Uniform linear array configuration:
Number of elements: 24
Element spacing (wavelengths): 0.5
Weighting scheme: exponential
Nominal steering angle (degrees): -60
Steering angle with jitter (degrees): -60.564
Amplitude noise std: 0.05
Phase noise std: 0.05

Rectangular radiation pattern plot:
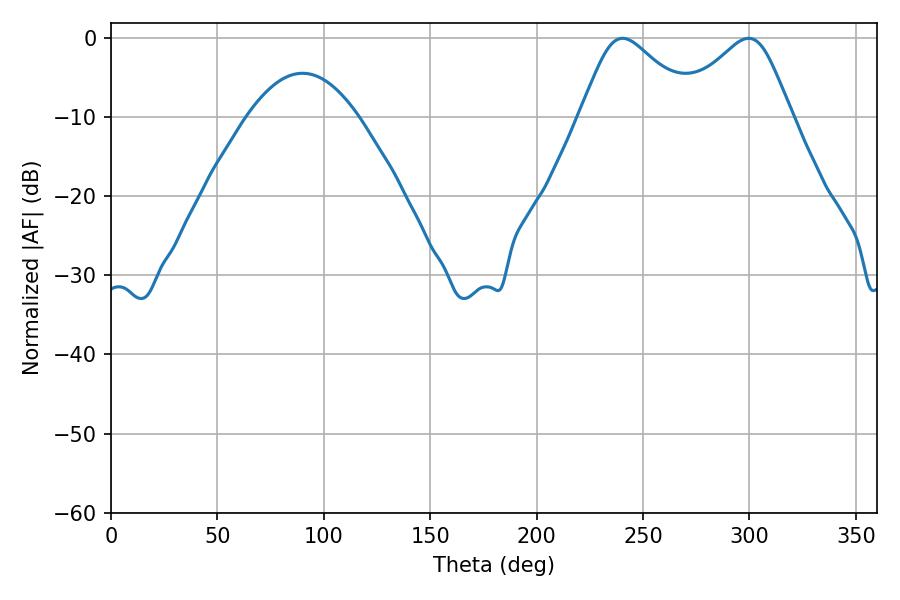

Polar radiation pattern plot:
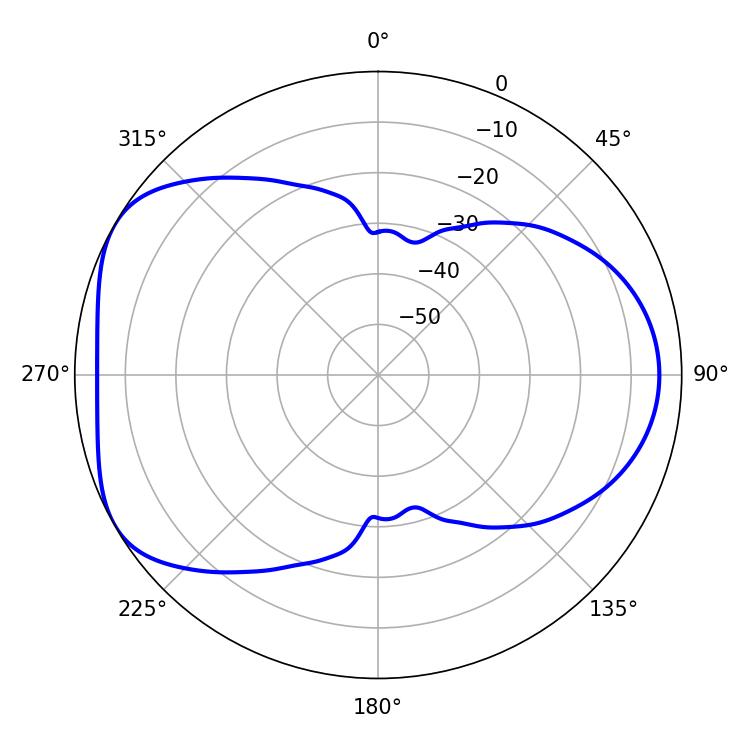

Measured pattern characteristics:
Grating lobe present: FALSE
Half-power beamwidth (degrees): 26.64
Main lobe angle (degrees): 240.3